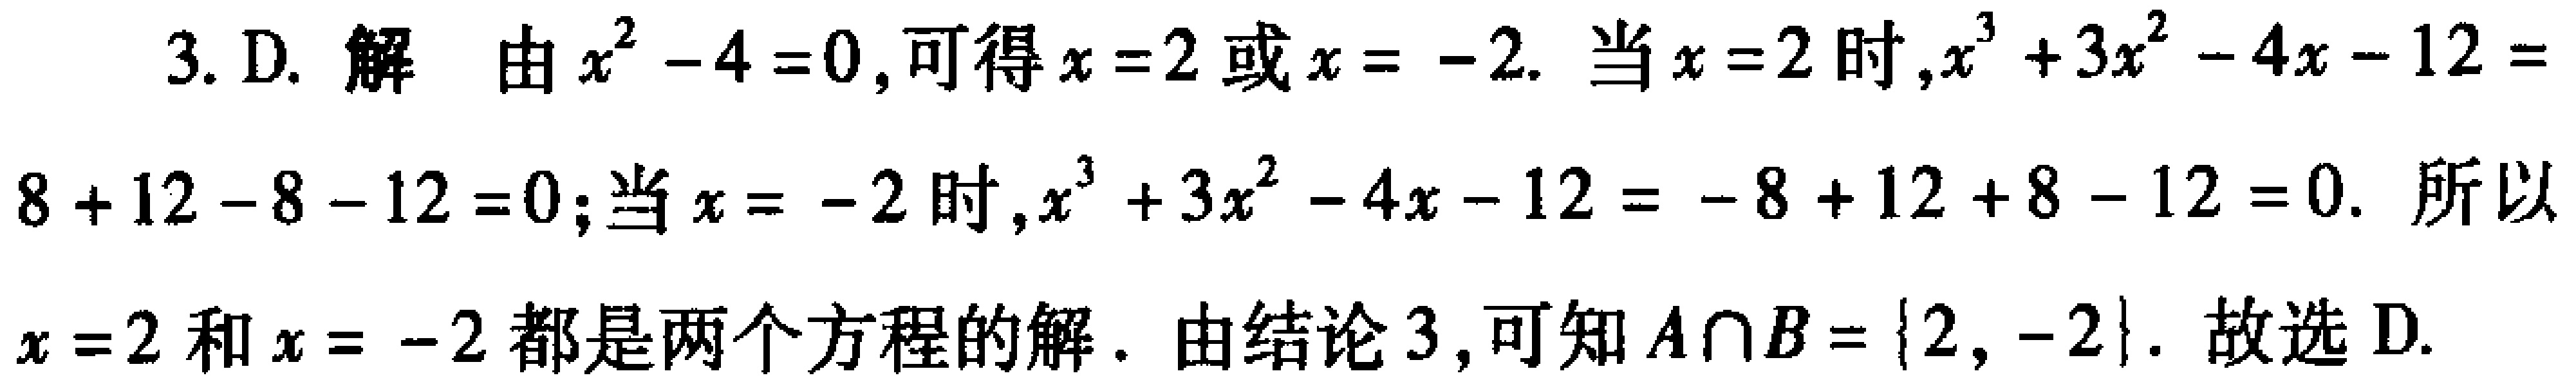
3. D. 解 由\(x^{2}-4 = 0\), 可得\(x = 2\)或\(x = - 2\). 当\(x = 2\)时,\(x^{3}+3x^{2}-4x - 12=8 + 12-8 - 12 = 0\);当\(x = - 2\)时,\(x^{3}+3x^{2}-4x - 12=-8 + 12 + 8-12 = 0\). 所以\(x = 2\)和\(x = - 2\)都是两个方程的解. 由结论3, 可知\(A\cap B=\{2, - 2\}\). 故选D.